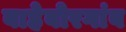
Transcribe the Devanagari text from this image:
बाहेबोरगांव